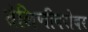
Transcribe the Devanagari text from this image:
तेलिणीबरोबर